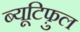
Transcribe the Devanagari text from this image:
ब्यूटिफ़ुल